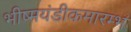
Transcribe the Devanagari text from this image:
भीष्मयंडीकमारम्भ